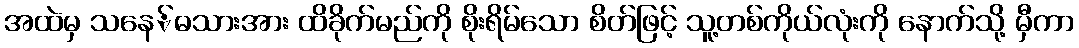
အထဲမှ သနေ်ဓသားအား ထိခိုက်မည်ကို စိုးရိမ်သော စိတ်ဖြင့် သူ့တစ်ကိုယ်လုံးကို နောက်သို့ မှီကာ